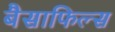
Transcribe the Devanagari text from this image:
बैसाफिल्स